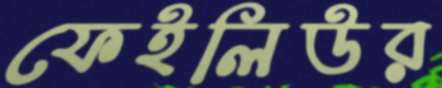
ফেইলিউর